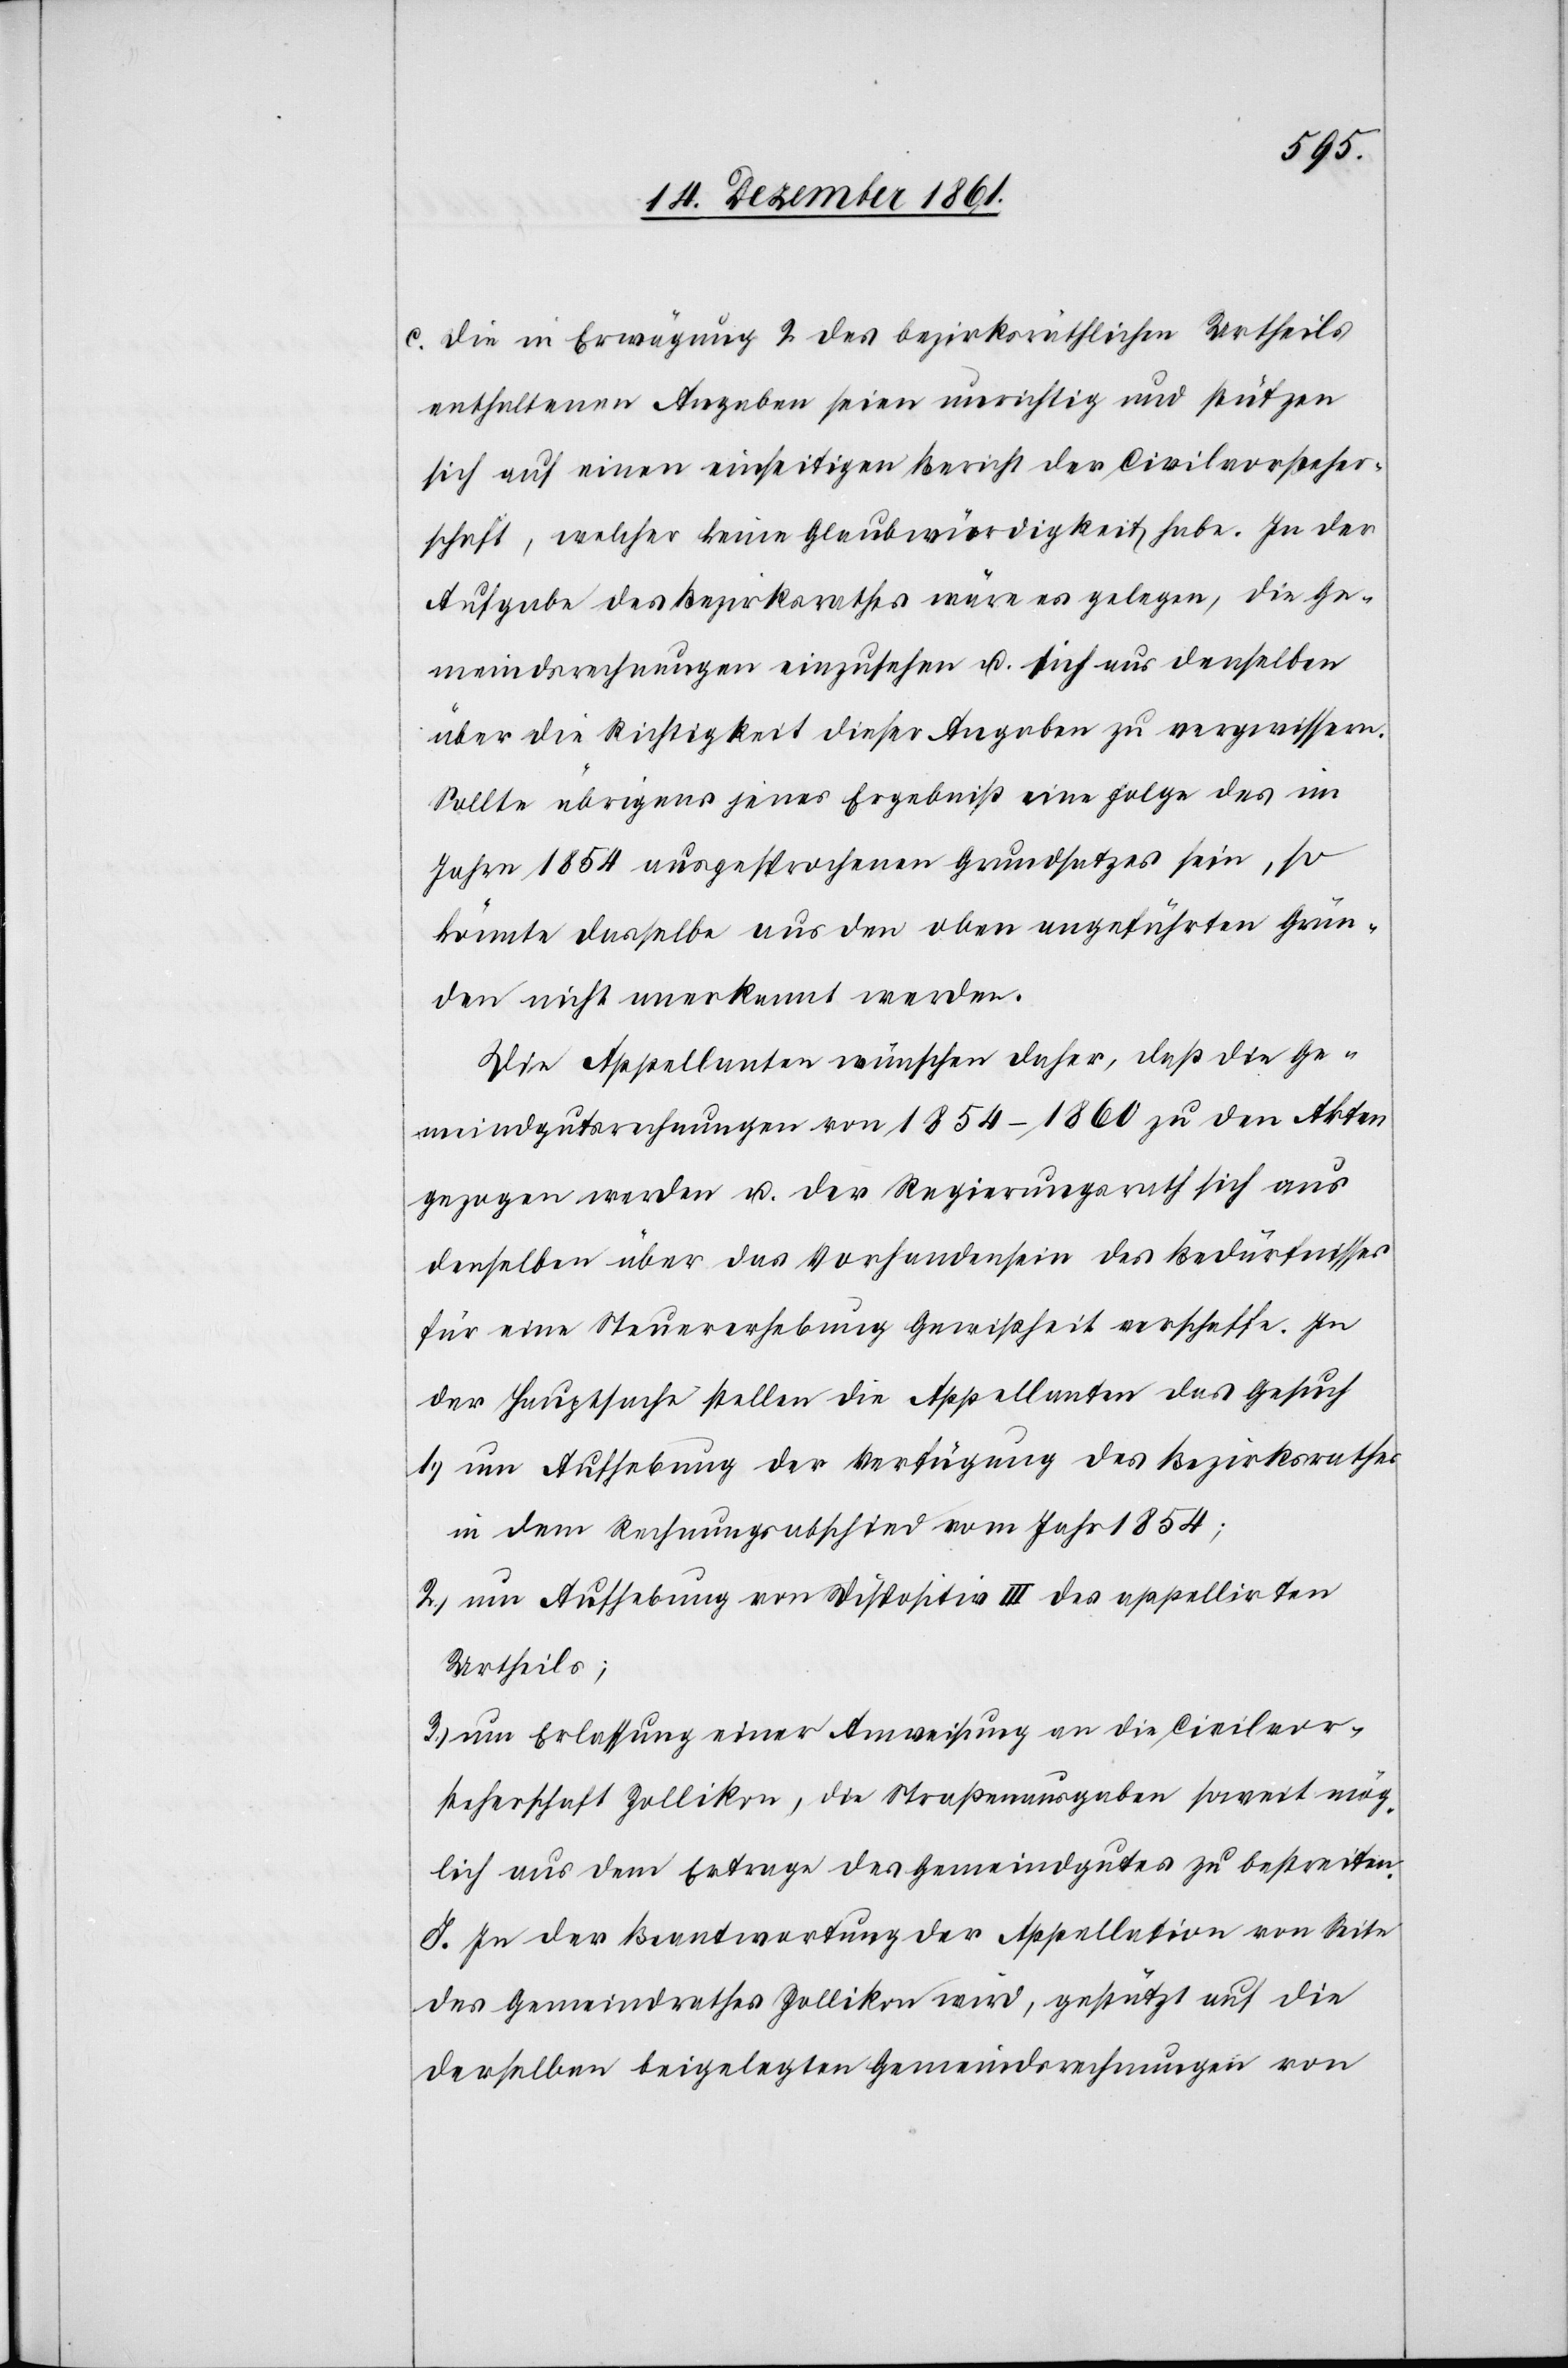
c. Die in Erwägung 2 des bezirksräthlichen Urtheils
enthaltenen Angaben seien unrichtig und stützen
sich auf einen einseitigen Bericht der Civilvorsteher¬
schaft, welcher keine Glaubwürdigkeit habe. In der
Aufgabe des Bezirksrathes wäre es gelegen, die Ge¬
meindsrechnungen einzusehen u. sich aus denselben
über die Richtigkeit dieser Angaben zu vergewissern.
Sollte übrigens jenes Ergebniß eine Folge des im
Jahre 1854 ausgesprochenen Grundsatzes sein, so
könnte dasselbe aus den oben angeführten Grün¬
den nicht anerkannt werden.
Die Appellanten wünschen daher, daß die Ge¬
meindgutsrechnungen 1854–1860 zu den Akten
gezogen werden u. der Regierungsrath sich aus
denselben über das Vorhandensein des Bedürfnisses
für eine Steuererhebung Gewißheit verschaffe. In
der Hauptsache stellen die Appellanten das Gesuch
1.) um Aufhebung der Verfügung des Bezirksrathes
in dem Rechnungsabschied vom Jahr 1854;
2.) um Aufhebung von Dispositiv III des appellirten
Urtheils;
3.) um Erlassung einer Anweisung an die Civilvor¬
steherschaft Zollikon, die Straßenausgaben soweit mög¬
lich aus dem Ertrage des Gemeindgutes zu bestreiten.
J. In der Beantwortung der Appellation von Seite
des Gemeindrathes Zollikon wird, gestützt auf die
denselben beigelegten Gemeindsrechnungen von